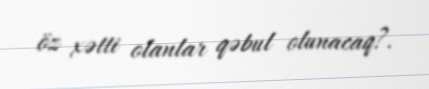
öz xətti olanlar qəbul olunacaq?.